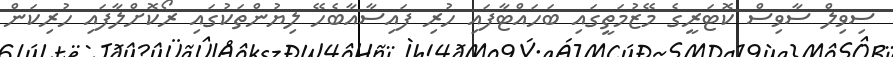
ސިވިލް ސާވިސް ކޮޓަރީގެ މޭޒުމަތީގައި ބަހައްޓާފައި ހުރި ފައިސާއާބެހޭ ލިޔުންތަކުގައި ރޯކޮށްލާފައި ހުރިކަން